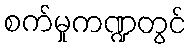
စက်မှုကဏ္ဍတွင်